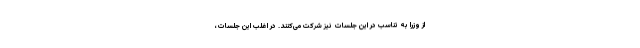
از وزرا به تناسب در این جلسات نیز شرکت می‌کنند. در اغلب این جلسات،